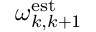
\omega _ { k , k + 1 } ^ { \mathrm { e s t } }